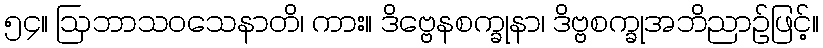
၅၄။ ဩဘာသဝသေနာတိ၊ ကား။ ဒိဗ္ဗေနစက္ခုနာ၊ ဒိဗ္ဗစက္ခုအဘိညာဉ်ဖြင့်။